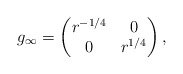
\begin{align*}g_\infty= \begin{pmatrix} r^{-1/4} & 0\\ 0 & r^{1/4} \end{pmatrix},\end{align*}